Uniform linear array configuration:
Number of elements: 32
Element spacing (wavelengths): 0.25
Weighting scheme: hann
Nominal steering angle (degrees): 30
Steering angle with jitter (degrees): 30.938
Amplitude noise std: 0.05
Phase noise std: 0.05

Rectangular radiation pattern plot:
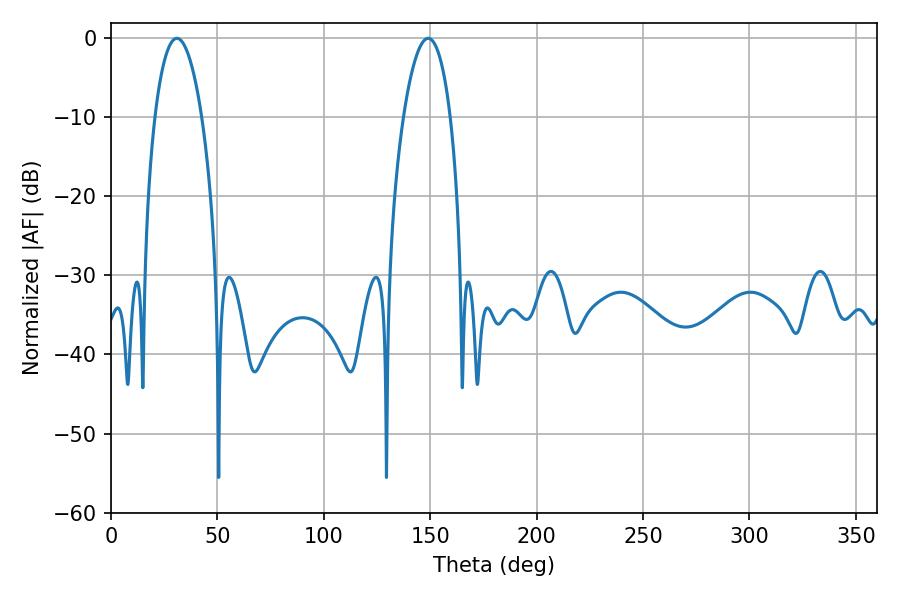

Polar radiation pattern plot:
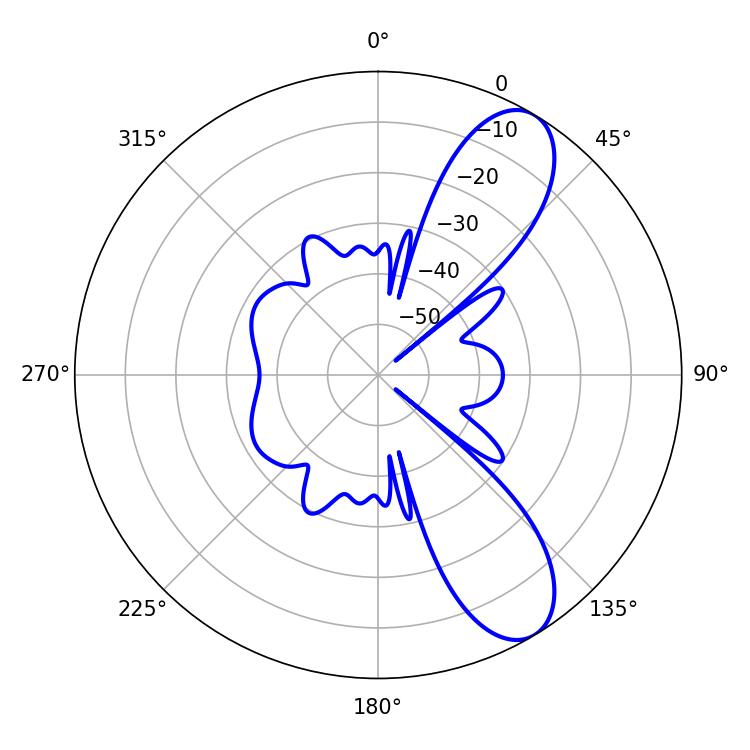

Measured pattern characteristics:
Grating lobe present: FALSE
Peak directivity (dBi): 9.284
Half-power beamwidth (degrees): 12.24
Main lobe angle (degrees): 30.96